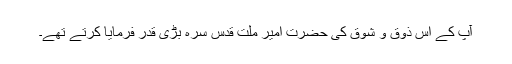
آپ کے اس ذوق و شوق کی حضرت امیر ملّت قدس سرّہ بڑی قدر فرمایا کرتے تھے۔